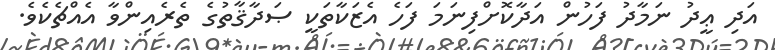
އަދި ޢީދު ނަމާދު ފަހުން އަދާކޮށްފިނަމަ ފަހެ އެޒަކާތަކީ ޞަދާޤާތުގެ ތެރެއިންވާ އެއްޗެކެވެ.